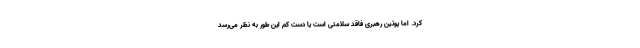
کرد. اما پوتین رهبری فاقد سلامتی است یا دست کم این طور به نظر می‌رسد